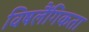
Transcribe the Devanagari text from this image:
विषलैंगिकता